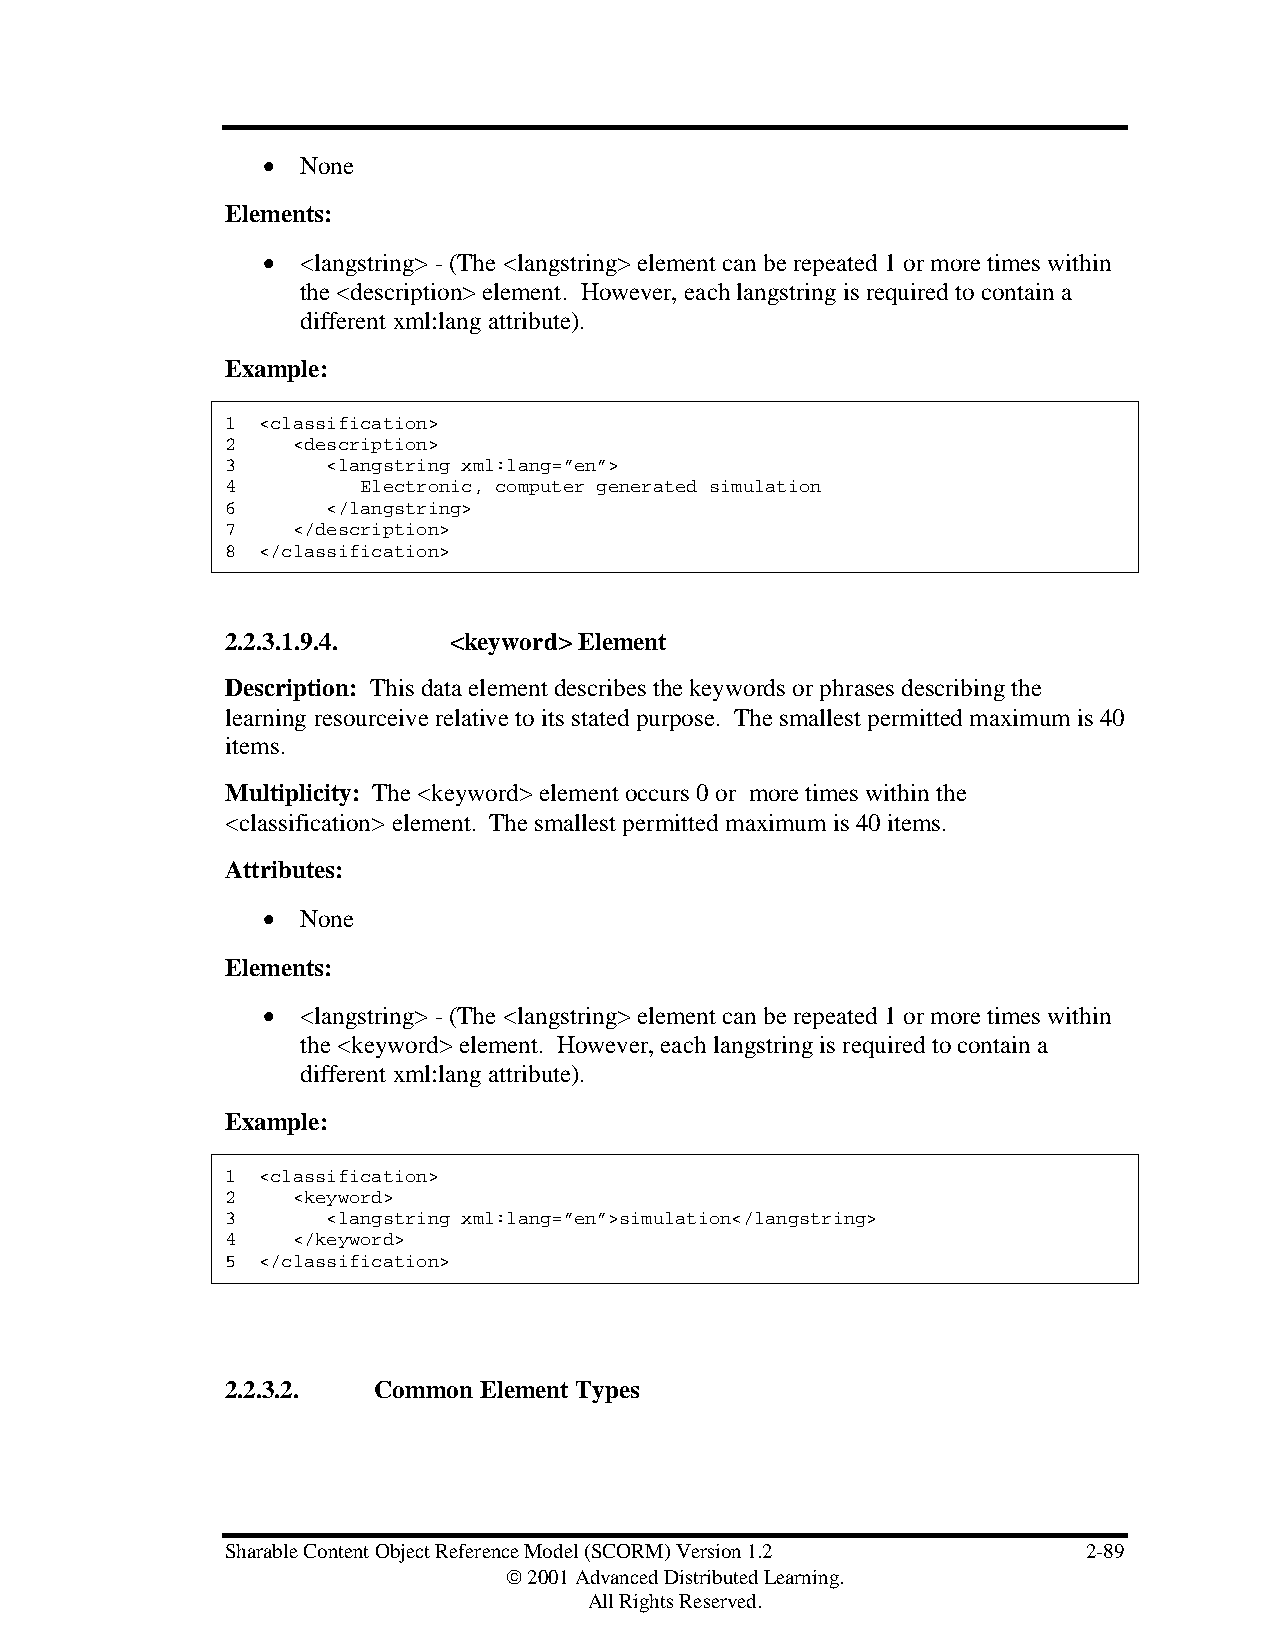
•  None
 Elements:
 •  <langstring> - (The <langstring> element can be repeated 1 or more times within
 the <description> element. However, each langstring is required to contain a
 different xml:lang attribute).
 Example:
 1 <classification>
 2   <description>
 3      <langstring xml:lang=”en”>
 4        Electronic, computer generated simulation
 6      </langstring>
 7   </description>
 8 </classification>
 2.2.3.1.9.4.   <keyword> Element
 Description: This data element describes the keywords or phrases describing the
 learning resourceive relative to its stated purpose. The smallest permitted maximum is 40
 items.
 Multiplicity: The <keyword> element occurs 0 or more times within the
 <classification> element. The smallest permitted maximum is 40 items.
 Attributes:
 •  None
 Elements:
 •  <langstring> - (The <langstring> element can be repeated 1 or more times within
 the <keyword> element. However, each langstring is required to contain a
 different xml:lang attribute).
 Example:
 1 <classification>
 2   <keyword>
 3      <langstring xml:lang=”en”>simulation</langstring>
 4   </keyword>
 5 </classification>
 2.2.3.2.  Common Element Types
 Sharable Content Object Reference Model (SCORM) Version 1.2 2-89
  2001 Advanced Distributed Learning.
 All Rights Reserved.